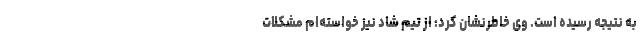
به نتیجه رسیده است. وی خاطرنشان کرد: از تیم شاد نیز خواسته‌ام مشکلات